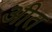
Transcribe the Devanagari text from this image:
अीत